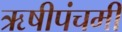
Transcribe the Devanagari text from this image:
ऋषीपंचमी